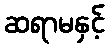
ဆရာမနှင့်